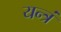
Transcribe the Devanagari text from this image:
यन्त्रं